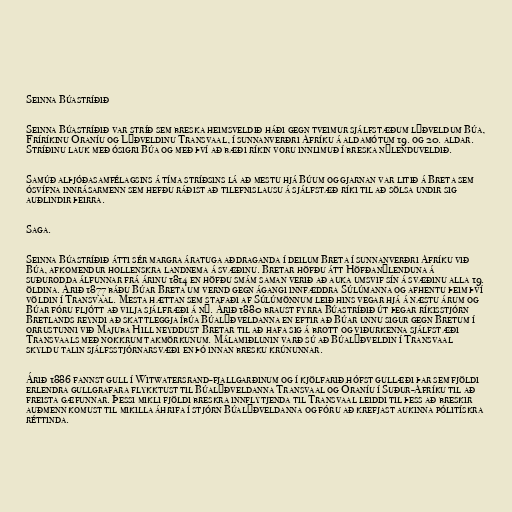
Seinna Búastríðið

Seinna Búastríðið var stríð sem breska heimsveldið háði gegn tveimur sjálfstæðum lýðveldum Búa,
Fríríkinu Óraníu og Lýðveldinu Transvaal, í sunnanverðri Afríku á aldamótum 19. og 20. aldar.
Stríðinu lauk með ósigri Búa og með því að bæði ríkin voru innlimuð í breska nýlenduveldið.

Samúð alþjóðasamfélagsins á tíma stríðsins lá að mestu hjá Búum og gjarnan var litið á Breta sem
ósvífna innrásarmenn sem hefðu ráðist að tilefnislausu á sjálfstæð ríki til að sölsa undir sig
auðlindir þeirra.

Saga.

Seinna Búastríðið átti sér margra áratuga aðdraganda í deilum Breta í sunnanverðri Afríku við
Búa, afkomendur hollenskra landnema á svæðinu. Bretar höfðu átt Höfðanýlenduna á
suðurodda álfunnar frá árinu 1814 en höfðu smám saman verið að auka umsvif sín á svæðinu alla 19.
öldina. Árið 1877 báðu Búar Breta um vernd gegn ágangi innfæddra Súlúmanna og afhentu þeim því
völdin í Transvaal. Mesta hættan sem stafaði af Súlúmönnum leið hins vegar hjá á næstu árum og
Búar fóru fljótt að vilja sjálfræði á ný. Árið 1880 braust fyrra Búastríðið út þegar ríkisstjórn
Bretlands reyndi að skattleggja íbúa Búalýðveldanna en eftir að Búar unnu sigur gegn Bretum í
orrustunni við Majuba Hill neyddust Bretar til að hafa sig á brott og viðurkenna sjálfstæði
Transvaals með nokkrum takmörkunum. Málamiðlunin varð sú að Búalýðveldin í Transvaal
skyldu talin sjálfsstjórnarsvæði en þó innan bresku krúnunnar.

Árið 1886 fannst gull í Witwatersrand-fjallgarðinum og í kjölfarið hófst gullæði þar sem fjöldi
erlendra gullgrafara flykktust til Búalýðveldanna Transvaal og Óraníu í Suður-Afríku til að
freista gæfunnar. Þessi mikli fjöldi breskra innflytjenda til Transvaal leiddi til þess að breskir
auðmenn komust til mikilla áhrifa í stjórn Búalýðveldanna og fóru að krefjast aukinna pólitískra
réttinda.